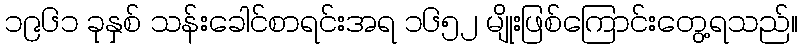
၁၉၆၁ ခုနှစ် သန်းခေါင်စာရင်းအရ ၁၆၅၂ မျိုးဖြစ်ကြောင်းတွေ့ရသည်။